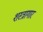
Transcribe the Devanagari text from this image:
शस्‍त्रागार